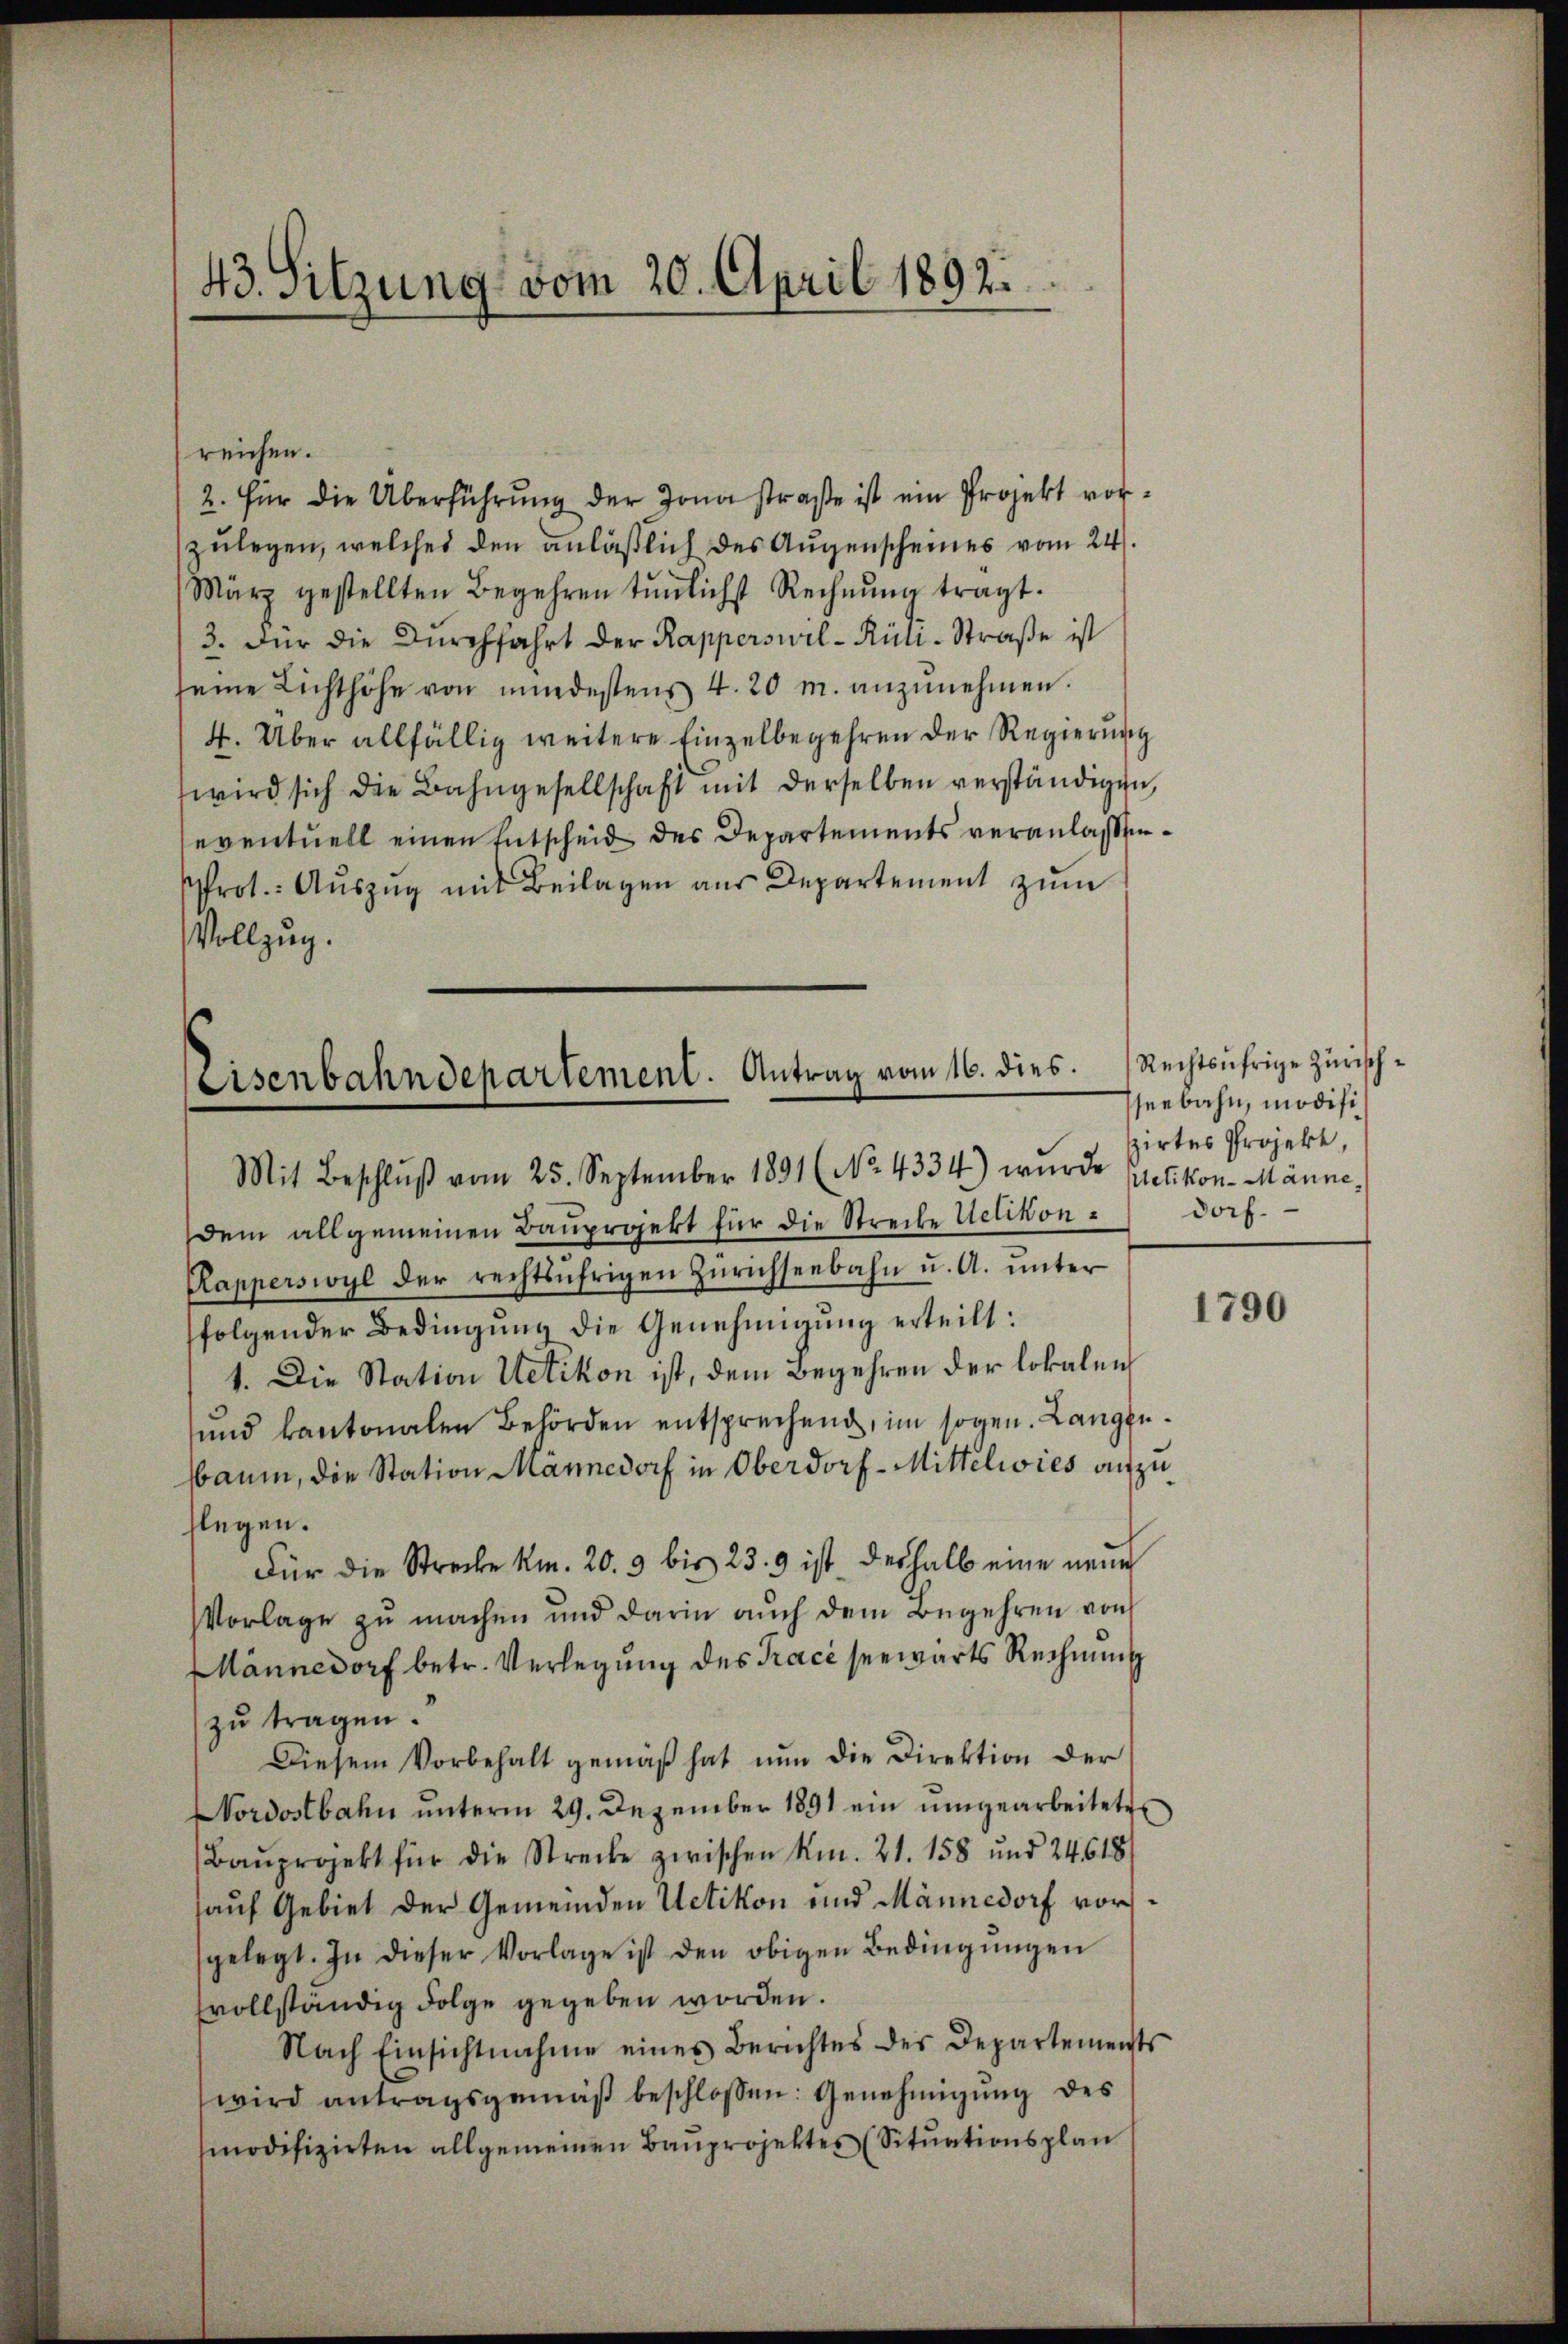
43. Sitzung vom 20. April 1892.

reichen.
2. für die Überführŭng der Jonastraße ist ein Projekt vorzulegen, welches den anläßlich des Augenscheines vom 24.
März gestellten Begehren tŭnlichst Rechnŭng tragt.
3. Für die Durchfahrt der Rapperswil-Rüli-Straße ist
seine Lichthöhe von mindestens 4. 20 m. anzŭnehmen.
4. Über allfällig weitere Einzelbegehren der Regierung
wird sich die Bahngesellschaft mit derselben verständigen,
eventuell einen Entscheid des Departements veranlaßen¬
Prot. Auszug mit Beilagen aus Departement zum
Vollzug.

Eisenbahndepartement. Antrag vom 16. dies.

dem allgemeinen Bauprojekt für die Streibe Uetikon¬
Rapperswyl der rechtsührigen Zürichseebahn u. A. unter
folgender Bedingung die Genehmigung erteilt:
1. Die Station Uetikon ist, dem Begehren der lokalen
sund kantonalen Behörden entsprechend, im sogen. Langenbaum, die Station Männedorf in Oberdorf-Mittelwies aufzuflegen.
Für die Strecke km. 20. 3 bis 23. 9 ist deshalb eine neue
Vorlage zu machen und darin auch dem Begehren von
Männedorf betr. Verlegung des Trace seewärts Rechnung
zŭ tragen.
Diesem Vorbehalt gemäβ hat nŭn die Direktion der
Nordostbahn ŭnterm 29. Dezember 1891 ein ŭmgearbeitete
Baŭprojekt für die Strecke zwischen Km. 21. 158 und 24618
auf Gebiet der Gemeinden Uetikon und Männedorf vorsgelegt. In dieser Vorlage ist den obigen Bedingŭngen
vollständig Folge gegeben worden.
Nach Einsichtnahme eines Berichtes des Departements
wird antragsgemäß beschlossen: Genehmigung des
modifizirten allgemeinen Bauprojektes (Situationsplan

Rechtsufrige Zürischseebahn, modifizirtes Projekt,
dorf.

1790